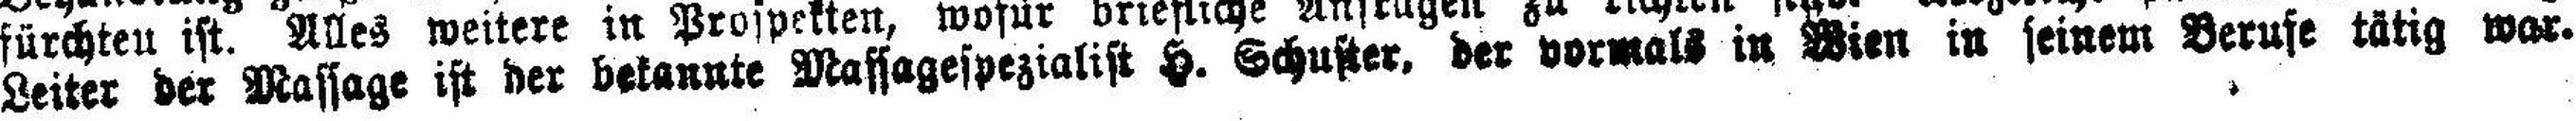
Leiter der Massage ist der bekannte Massagespezialist H. Schuster, der vormals in Wien in seinem Berufe tätig war.